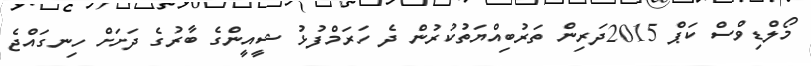
މޯލްޑިވްސް ކަޕް 2015ދަރިން ތަރުބިއްޔަތުކުރުން ދެ ހަރަމްފުޅު ޝީއީންގެ ބާރުގެ ދަށަށް ހިނގައްޖެ